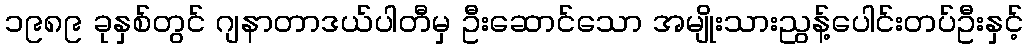
၁၉၈၉ ခုနှစ်တွင် ဂျနာတာဒယ်ပါတီမှ ဦးဆောင်သော အမျိုးသားညွန့်ပေါင်းတပ်ဦးနှင့်